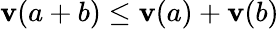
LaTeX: \mathbf{v}(a+b)\leq\mathbf{v}(a)+\mathbf{v}(b)